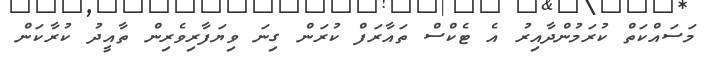
މަސައްކަތް ކުރަމުންދާއިރު އެ ޓެކްސް ތައާރަފް ކުރަން ގިނަ ވިޔަފާރިވެރިން ތާއީދު ކުރާކަން